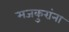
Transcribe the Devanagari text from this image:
मजकुरांना